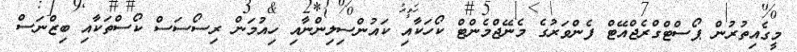
މީގެއިތުރުން ޕޯސްޓްގްރެޖްއޭޓް ފެންވަރުގެ މެނޭޖްމެންޓް ކޯހަކާއި ކައުންސިލިންނާއި ހިއުމަން ރިސޯސަސް ކޯސްތަކާއި ބިޒްނަސް